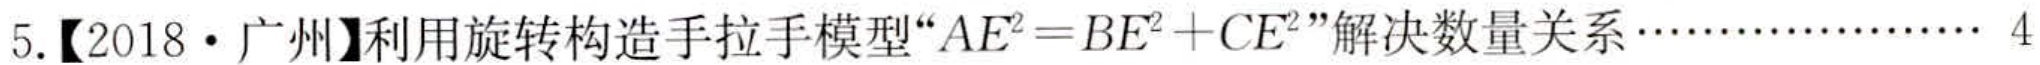
5.【2018·广州】利用旋转构造手拉手模型“\(AE^{2}=BE^{2}+CE^{2}\)”解决数量关系……………… 4